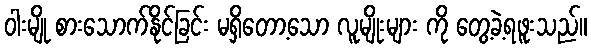
ဝါးမျို စားသောက်နိုင်ခြင်း မရှိတော့သော လူမျိုးများ ကို တွေ့ခဲ့ရဖူးသည်။